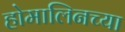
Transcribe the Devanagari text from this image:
होमालिनच्या